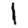
Digit: 1